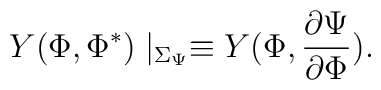
Y(\Phi,\Phi^{\ast})\mid_{\Sigma_{\Psi}} \equiv Y (\Phi, \frac{\partial \Psi}{\partial\Phi}) .